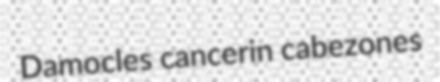
Damocles cancerin cabezones